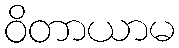
ဝိတာယာမ